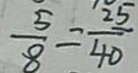
\frac { 5 } { 8 } = \frac { 2 5 } { 4 0 }